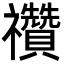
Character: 禶